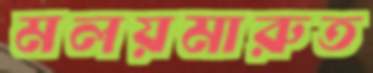
মলয়মারুত